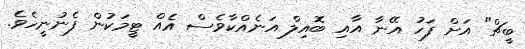
ބީޗް" އަށް ފަހު އޭނާ އާއި ބޮއިލް އަނެއްކާވެސް އެއް ޓީމަކުން ފެނުނީހެވެ.